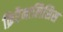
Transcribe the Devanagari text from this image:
क्रिप्टैनालिसिस